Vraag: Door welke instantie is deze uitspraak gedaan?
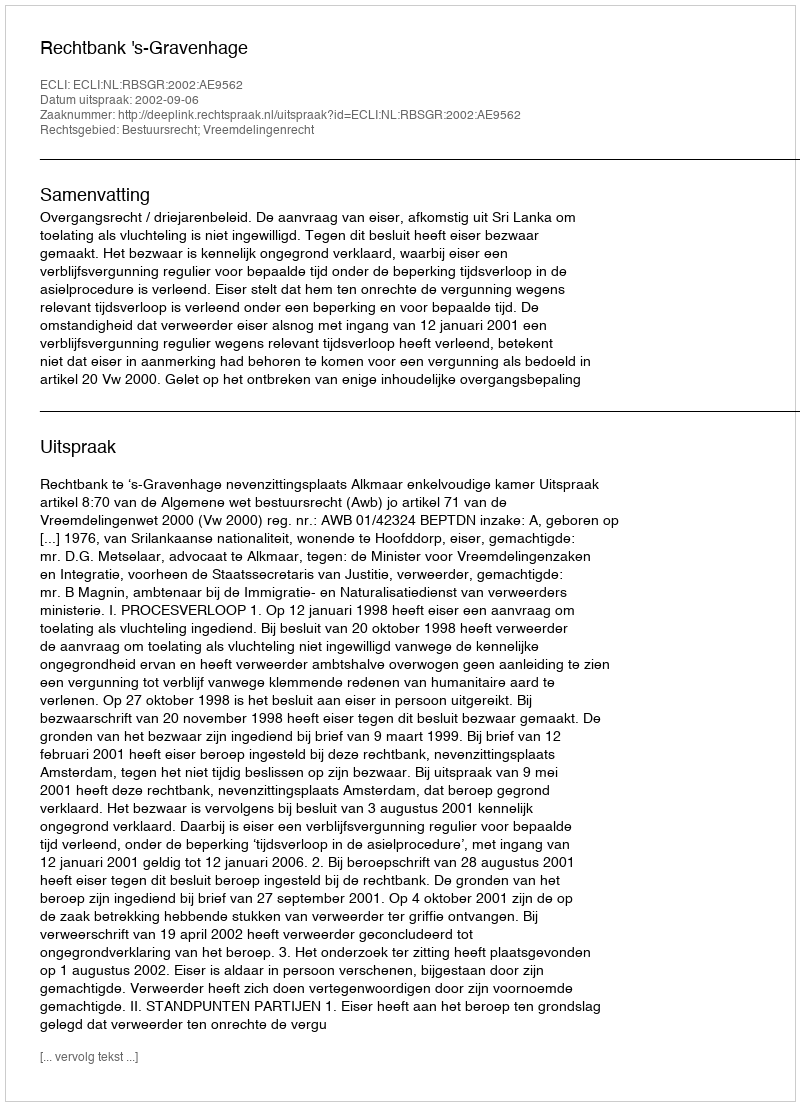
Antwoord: Rechtbank 's-Gravenhage